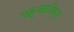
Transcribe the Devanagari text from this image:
प्फ़़्ब्ळॉफ़्प